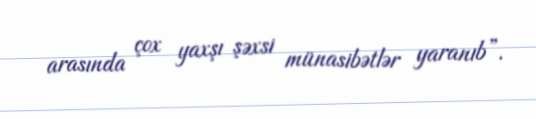
arasında çox yaxşı şəxsi münasibətlər yaranıb”.